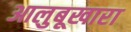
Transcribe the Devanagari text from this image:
आलुबूखारा